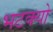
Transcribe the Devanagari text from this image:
भटक्‍यो